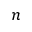
n